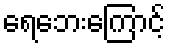
ရေဘေးကြောင့်